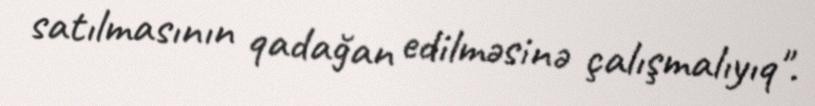
satılmasının qadağan edilməsinə çalışmalıyıq".